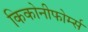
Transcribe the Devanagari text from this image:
किकोनीफोर्म्स